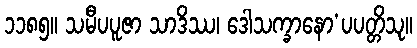
၁၁၈၅။ သမီပပူဇာ သာဒိဿ၊ ဒေါသက္ခာနော’ပပတ္တိသု။